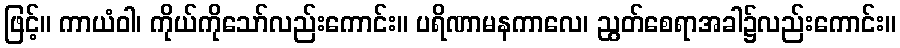
ဖြင့်။ ကာယံဝါ၊ ကိုယ်ကိုသော်လည်းကောင်း။ ပရိဏာမနကာလေ၊ ညွတ်စေရာအခါ၌လည်းကောင်း။